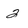
Character: 2